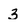
Character: 3